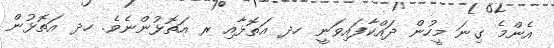
އެންމެ ގިނަ މީހުން ދައްކާފައިވަނީ ހދ އަތޮޅާއި ރ އަތޮޅުންނެވެ. ހދ އަތޮޅުން